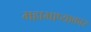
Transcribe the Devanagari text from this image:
महाभाष्याकार